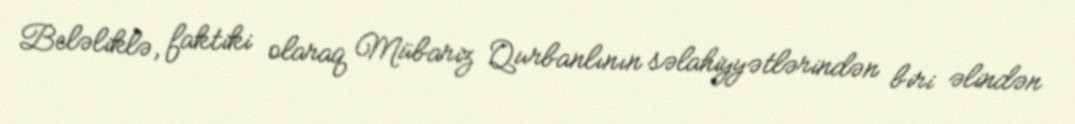
Beləliklə, faktiki olaraq Mübariz Qurbanlının səlahiyyətlərindən biri əlindən